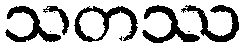
သတဿ